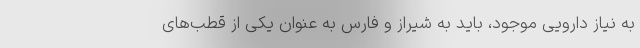
به نیاز دارویی موجود، باید به شیراز و فارس به عنوان یکی از قطب‌های